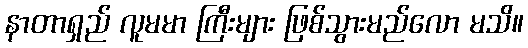
နာတာရှည် လူမမာ ကြီးများ ဖြစ်သွားမည်လော မသိ။